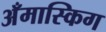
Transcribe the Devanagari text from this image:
अँमास्किग